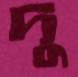
দু